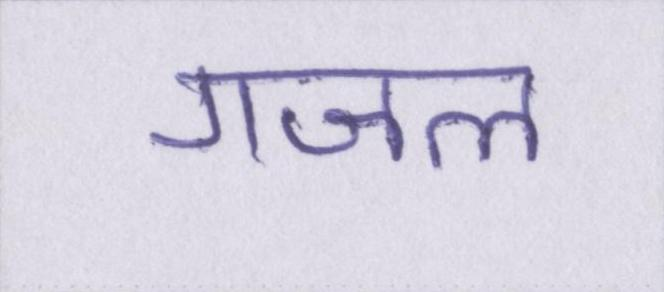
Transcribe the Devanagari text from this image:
गजल